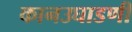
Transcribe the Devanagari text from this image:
कानउघाडणी